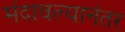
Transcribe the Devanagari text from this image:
मंदावल्यानंतर